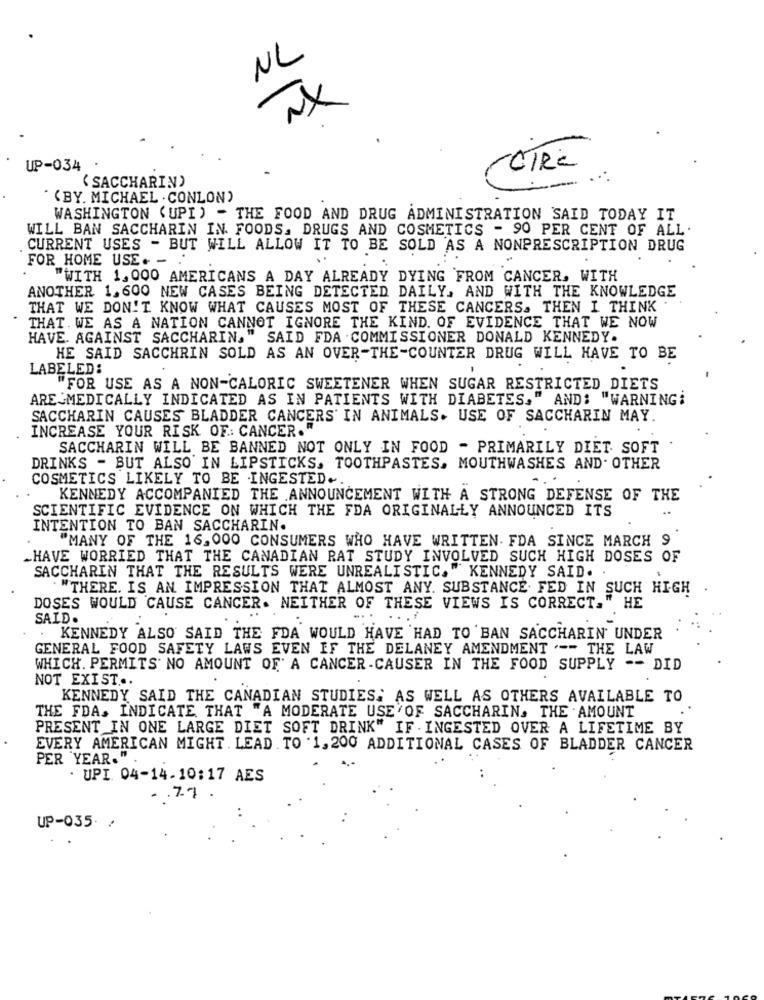
NL
UP-034 .
-OIRE
( SACCHARIN)
" "BY. MICHAEL . CONLON)
WASHINGTON (UPI) - THE FOOD AND DRUG ADMINISTRATION SAID TODAY IT
WILL BAN SACCHARIN IN. FOODS. DRUGS AND COSMETICS - 90 PER CENT OF ALL.
CURRENT USES - BUT WILL ALLOW IT TO BE SOLD AS A NONPRESCRIPTION DRUG
FOR HOME USE. -
"WITH 1, 000 AMERICANS A DAY ALREADY DYING FROM CANCER, WITH
ANOTHER 1, 600 NEW CASES BEING DETECTED DAILY, AND WITH THE KNOWLEDGE
THAT WE DON'T KNOW WHAT CAUSES MOST OF THESE CANCERS. THEN I THINK
THAT. WE AS A NATION CANNOT IGNORE THE KIND. OF EVIDENCE THAT WE NOW
HAVE. AGAINST SACCHARIN," SAID FDA . COMMISSIONER DONALD KENNEDY.
HE SAID SACCHRIN SOLD AS AN OVER-THE-COUNTER DRUG WILL HAVE TO BE
LABELED:
"FOR USE AS A NON-CALORIC SWEETENER WHEN SUGAR RESTRICTED DIETS
ARE MEDICALLY INDICATED AS IN PATIENTS WITH DIABETES," AND: "WARNING:
SACCHARIN CAUSES BLADDER CANCERS' IN ANIMALS. USE OF SACCHARIN MAY.
INCREASE YOUR RISK OF .: CANCER."
SACCHARIN WILL BE BANNED NOT ONLY IN FOOD - PRIMARILY DIET. SOFT
DRINKS - BUT ALSO IN LIPSTICKS, TOOTHPASTES, MOUTHWASHES AND. OTHER
COSMETICS LIKELY TO BE INGESTED-
KENNEDY ACCOMPANIED THE ANNOUNCEMENT WITH A STRONG DEFENSE OF THE
SCIENTIFIC EVIDENCE ON WHICH THE FDA ORIGINALLY ANNOUNCED ITS
INTENTION TO BAN SACCHARIN.
"MANY OF THE 16, 000 CONSUMERS WHO HAVE WRITTEN. FDA SINCE MARCH 9
.HAVE WORRIED THAT THE CANADIAN RAT STUDY INVOLVED SUCH HIGH DOSES OF
SACCHARIN THAT THE RESULTS WERE UNREALISTIC." KENNEDY SAID.
"THERE. IS AN IMPRESSION THAT ALMOST ANY. SUBSTANCE. FED IN SUCH HIGH
DOSES WOULD 'CAUSE CANCER. NEITHER OF THESE VIEWS IS CORRECT." HE
SAID.
...
. KENNEDY ALSO SAID THE FDA WOULD HAVE HAD TO BAN SACCHARIN' UNDER
GENERAL FOOD SAFETY LAWS EVEN IF THE DELANEY AMENDMENT .-- THE LAW
WHICH. PERMITS' NO AMOUNT OF A CANCER -CAUSER IN THE FOOD SUPPLY -- DID
NOT EXIST ...
KENNEDY SAID THE CANADIAN STUDIES: AS WELL AS OTHERS AVAILABLE TO
THE FDA. INDICATE THAT "A MODERATE USE OF SACCHARIN, THE AMOUNT
PRESENT IN ONE LARGE DIET SOFT DRINK" IF . INGESTED OVER A LIFETIME BY
EVERY AMERICAN MIGHT. LEAD TO . 1, 200 ADDITIONAL CASES OF BLADDER CANCER
PER YEAR."
· UPI 04-14.10:17 AES
.. 77
UP-035 /